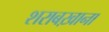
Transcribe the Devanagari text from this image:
शराबख़ाना